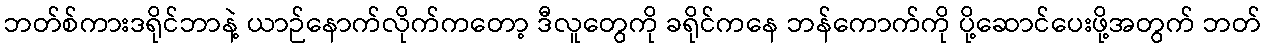
ဘတ်စ်ကားဒရိုင်ဘာနဲ့ ယာဉ်နောက်လိုက်ကတော့ ဒီလူတွေကို ခရိုင်ကနေ ဘန်ကောက်ကို ပို့ဆောင်ပေးဖို့အတွက် ဘတ်